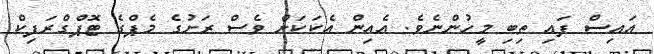
އައިސް ފައި ތިބި މީހުންނެވެ. އެއިން އެކަކަށް ވެސް ރަށުގެ މެޕްގެ ޓޮޕްގްރަފިކް